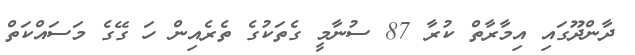
ދާންދޫގައި އިމާރާތް ކުރާ 87 ސުނާމީ ގެތަކުގެ ތެރެއިން ހަ ގޭގެ މަސައްކަތް